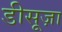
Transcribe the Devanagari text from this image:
डीसूज़ा